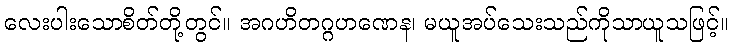
လေးပါးသောစိတ်တို့တွင်။ အဂဟိတဂ္ဂဟဏေန၊ မယူအပ်သေးသည်ကိုသာယူသဖြင့်။